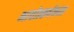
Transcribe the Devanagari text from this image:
भावोत्कर्षकता